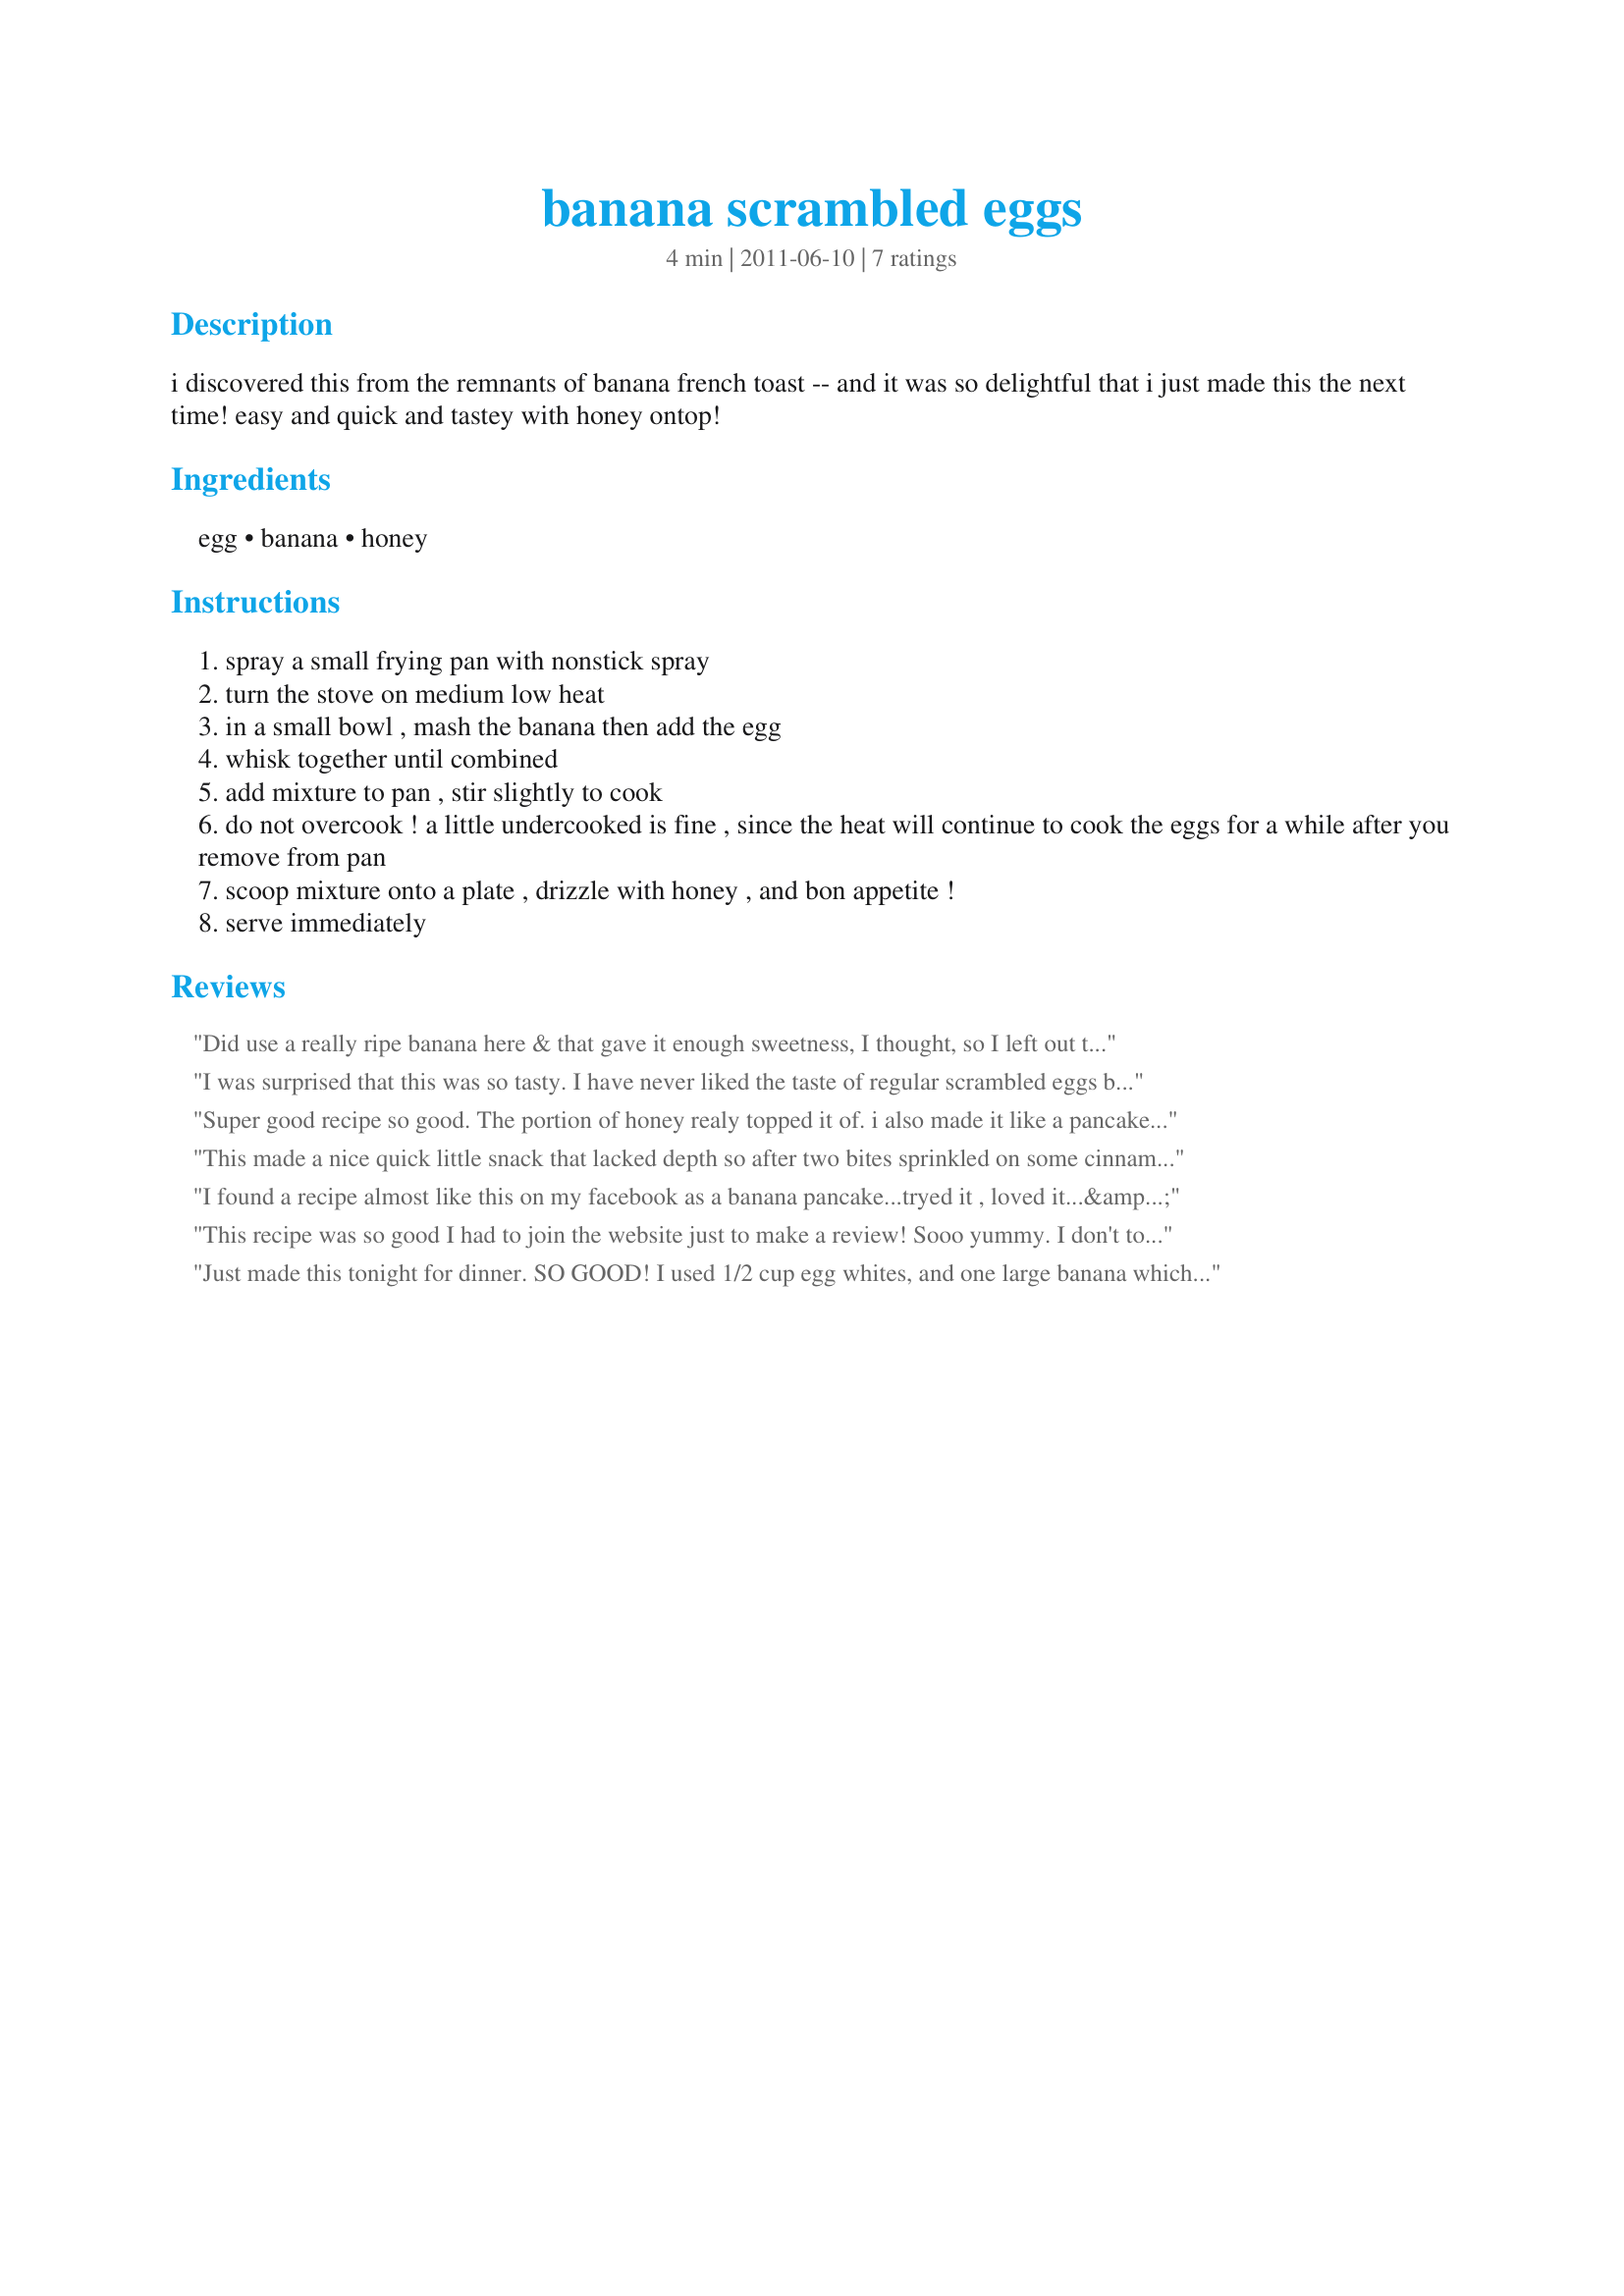
banana scrambled eggs
Preparation time: 4 minutes

i discovered this from the remnants of banana french toast -- and it was so delightful that i just made this the next time! easy and quick and tastey with honey ontop!

Ingredients:
egg, banana, honey

Steps:
spray a small frying pan with nonstick spray
turn the stove on medium low heat
in a small bowl , mash the banana then add the egg
whisk together until combined
add mixture to pan , stir slightly to cook
do not overcook ! a little undercooked is fine , since the heat will continue to cook the eggs for a while after you remove from pan
scoop mixture onto a plate , drizzle with honey , and bon appetite !
serve immediately

Reviews:
Did use a really ripe banana here & that gave it enough sweetness, I thought, so I left out the honey! However, I did take a hint from Debbwl & sprinkled on a little cinnamon & that really made it for me! Very nice! [Made & reviewed for one of my adoptees in this fall's round of Pick A Chef]
I was surprised that this was so tasty. I have never liked the taste of regular scrambled eggs because in my opinion they have no flavor. I was curious about this recipe as a result. I didn't have any honey...so decided to taste it without any additions first. I had a all yellow banana...since it was large I put about 3/4 of it into the scrambled egg mixture and cut the remainder in small chunks and added them after the egg/banana mixture was cooked. I was surprised how good it tasted to me. I'm sure that the addition of the cinnamon mentioned by others would enhance it even more. But it tasted good enough without anything else to just eat the entire serving. Thanks for something really different. Almost has a dessert taste. Made for PAC Fall 2011.
Super good recipe so good. The portion of honey realy topped it of. i also made it like a pancake or crape and it tasted even better.
This made a nice quick little snack that lacked depth so after two bites sprinkled on some cinnamon which added a nice layer. I made as written and include the drizzle of honey. Thanks for the post.
I found a recipe almost like this on my facebook as a banana pancake...tryed it , loved it...&lt;br/&gt;I did find that if you have a large banana do add 2 eggs or it just keeps falling apart. I have also made it with choped tomatoes and onion, scambled.
This recipe was so good I had to join the website just to make a review! Sooo yummy. I don't tolerate raw bananas well so i'm always looking for recipes that aren't banana bread. I used a drizzle of honey but i'm sure cinnamon would be wonderful too. Thank you for the creative and delicious recipe :)
Just made this tonight for dinner. SO GOOD! I used 1/2 cup egg whites, and one large banana which I mashed with a pastry blender, leaving some chunks, as well as cinnamon. I was originally planning on using some sugar-free syrup, but when I tasted how sweet this was, I didn't even bother!! Tastes EXACTLY like french toast!! Will make again and again!! <br/>Note, even with 1/2 cup egg whites (aprox = 2 whole eggs) the serving size is fairly small. Ok for a snack, but for a meal, you may want to use more, closer to 3-4 eggs (2/3 - 1 cup whites)
